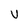
Character: u